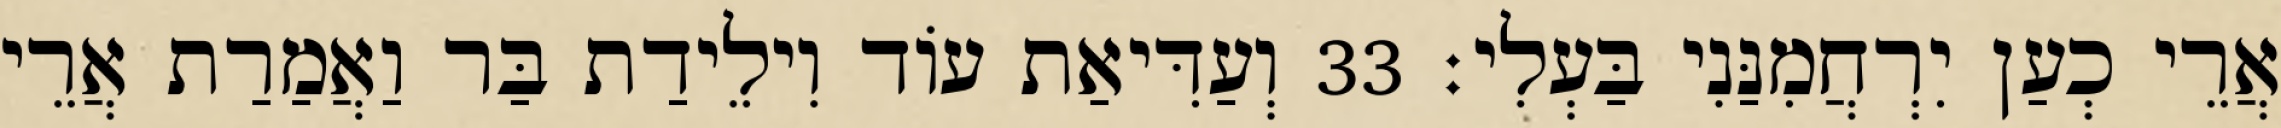
אֲרֵי כְעַן יִרְחֲמִנַּנִי בַּעְלִי׃ 33 וְעַדִּיאַת עוֹד וִילֵידַת בַּר וַאֲמַרַת אֲרֵי